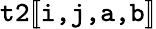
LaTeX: \texttt{t2}[\! [\texttt{i,j,a,b}]\! ]